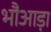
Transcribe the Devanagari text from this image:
भौआड़ा